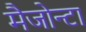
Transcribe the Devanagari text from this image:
मैजोन्टा